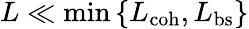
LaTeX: L\ll\operatorname*{min}\left\{ L_{\mathrm{coh}},L_{\mathrm{bs}}\right\}